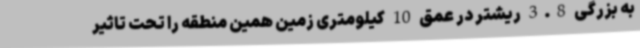
به بزرگی 3.8 ریشتر در عمق 10 کیلومتری زمین همین منطقه را تحت تاثیر